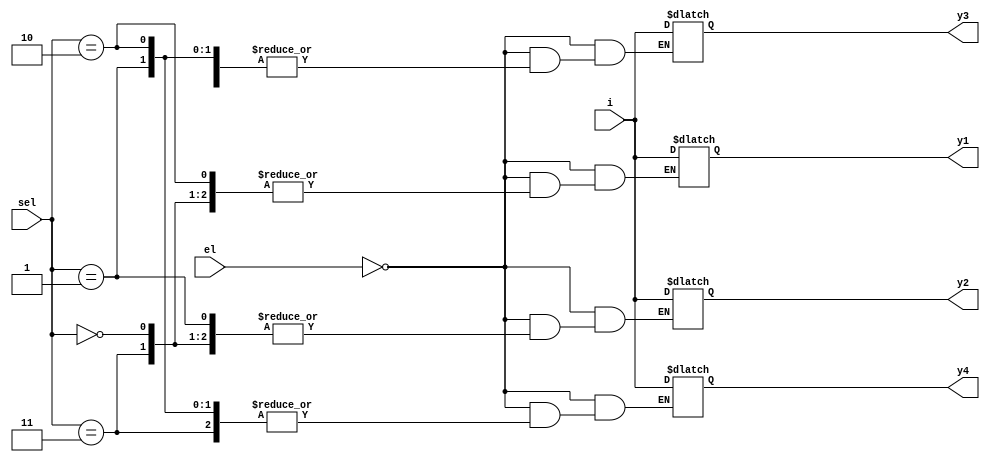
module  nbitdemux(input [15:0]i,input [1:0]sel,input el,output reg [15:0]y1,y2,y3,y4);
always@(*)
begin 
	if(el==0)
	begin
//$display("sel=%b",sel);
	//	$display("data in demux =%b %d",i,i);

		case(sel)
			2'b00: begin  y4=i; end
			2'b01: begin y1=i; end
			2'b10: begin y2=i; end
			2'b11: begin y3=i; end
		default : begin y1=16'bz;  y2=16'bz; y3=16'bz; y4=16'bz; end 
		endcase
	end
	else
		begin
			y1=16'bz;  y2=16'bz; y3=16'bz; y4=16'bz;
		end
end
endmodule